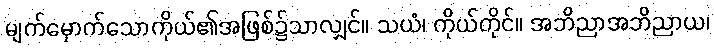
မျက်မှောက်သောကိုယ်၏အဖြစ်၌သာလျှင်။ သယံ၊ ကိုယ်တိုင်။ အဘိညာအဘိညာယ၊